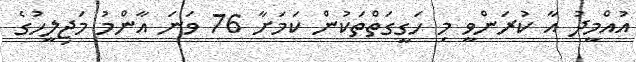
އުއްމީދު އާ ކުރަންވީ މި ހަގީގަތްތަކުން ކަމަށާ 76 ވަނަ އާންމު މަޖިލީހުގެ